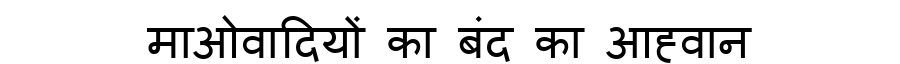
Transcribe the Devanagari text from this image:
माओवादियों का बंद का आह्वान